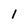
Character: 1